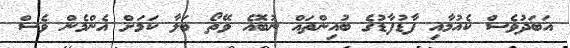
އަބަދުވެސް ކެއުމާއި ފާޑުފާޑުގެ ބުއިންތައް ނުބޮއެ ވޭތޯ ބަލާ ކަމަށް އެންމެން ވެސް